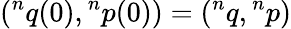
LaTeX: ({}^{n}q(0),{}^{n}p(0))=({}^{n}q,{}^{n}p)